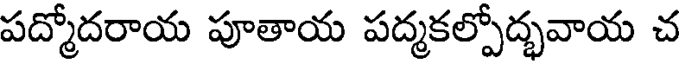
పద్మోదరాయ పూతాయ పద్మకల్పోద్భవాయ చ